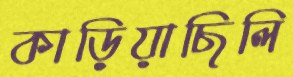
কাড়িয়াছিলি